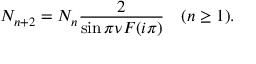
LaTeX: N _ { n + 2 } = N _ { n } \frac { 2 } { \sin \pi \nu F ( i \pi ) } \quad ( n \geq 1 ) .